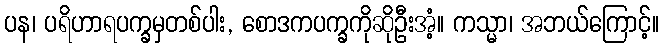
ပန၊ ပရိဟာရပက္ခမှတစ်ပါး, စောဒကပက္ခကိုဆိုဦးအံ့။ ကသ္မာ၊ အဘယ်ကြောင့်။